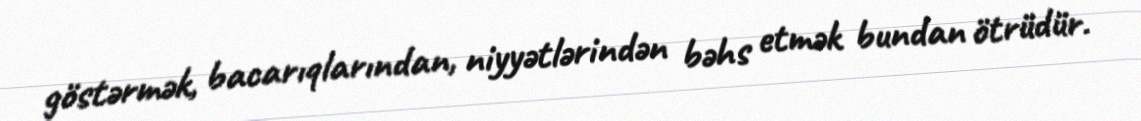
göstərmək, bacarıqlarından, niyyətlərindən bəhs etmək bundan ötrüdür.